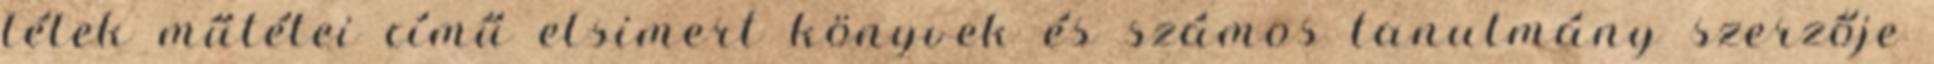
lélek műtétei című elsimert könyvek és számos tanulmány szerzője